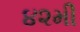
૪૨મી